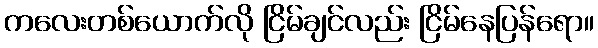
ကလေးတစ်ယောက်လို ငြိမ်ချင်လည်း ငြိမ်နေပြန်ရော။